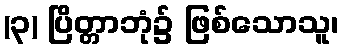
(၃) ပြိတ္တာဘုံ၌ ဖြစ်သောသူ၊